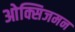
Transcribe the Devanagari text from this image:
ओक्सिजमन